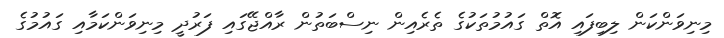
މިނިވަންކަން ލިބިފައި އޮތް ގައުމުތަކުގެ ތެރެއިން ނިސްބަތުން ރާއްޖޭގައި ފަރުދީ މިނިވަންކަމާއި ގައުމުގެ